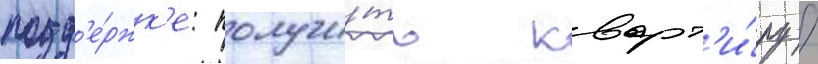
подд'е́ржк'е: получи́ть кварт'и́ру /